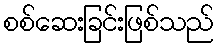
စစ်ဆေးခြင်းဖြစ်သည်